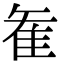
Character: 𮥶